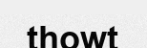
thowt